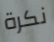
نكرة